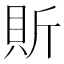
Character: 𧵆